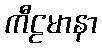
ကီဠမာနာ